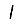
Digit: 1